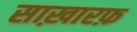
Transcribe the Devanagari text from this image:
साख़ारफ़